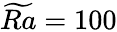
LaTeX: \widetilde{Ra}=100